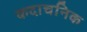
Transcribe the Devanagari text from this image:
कदाचनिक